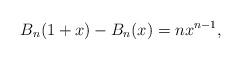
LaTeX: \begin{align*}B_n (1 + x) - B_n (x) = nx^{n - 1}, \end{align*}